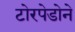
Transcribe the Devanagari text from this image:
टोरपेडोने